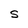
Character: S